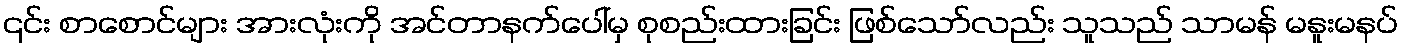
၎င်း စာစောင်များ အားလုံးကို အင်တာနက်ပေါ်မှ စုစည်းထားခြင်း ဖြစ်သော်လည်း သူသည် သာမန် မနူးမနပ်